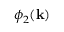
\phi _ { 2 } ( \mathbf { k } )